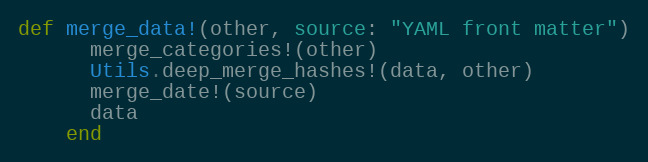
Language: Ruby
def merge_data!(other, source: "YAML front matter")
      merge_categories!(other)
      Utils.deep_merge_hashes!(data, other)
      merge_date!(source)
      data
    end